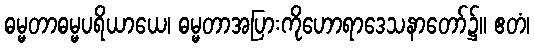
ဓမ္မတာဓမ္မပရိယာယေ၊ ဓမ္မတာအပြားကိုဟောရာဒေသနာတော်၌။ ဧတံ၊